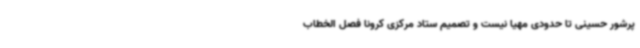
پرشور حسینی تا حدودی مهیا نیست و تصمیم ستاد مرکزی کرونا فصل الخطاب